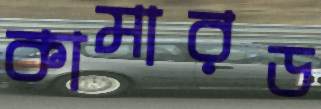
কামারড